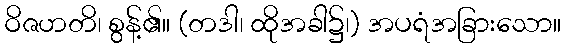
ဝိဇဟတိ၊ စွန့်၏။ (တဒါ၊ ထိုအခါ၌၊) အပရံအခြားသော။